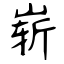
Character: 崭